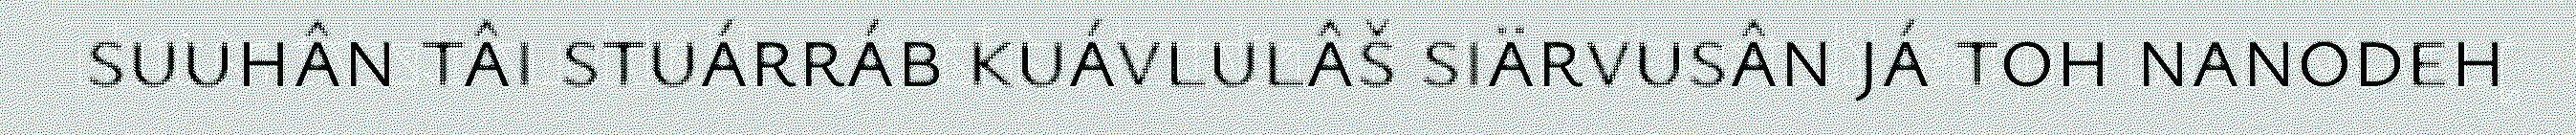
suuhân tâi stuárráb kuávlulâš siärvusân já toh nanodeh